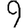
Digit: 9